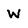
Character: W